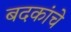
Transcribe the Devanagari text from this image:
बदकांचे